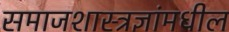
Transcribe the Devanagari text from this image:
समाजशास्त्रज्ञांमधील